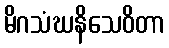
မိဂသံဃနိသေဝိတာ